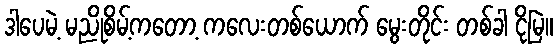
ဒါပေမဲ့ မညိုစိမ့်ကတော့ ကလေးတစ်ယောက် မွေးတိုင်း တစ်ခါ ငိုမြဲ။